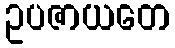
ဥပဇာယတေ